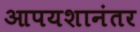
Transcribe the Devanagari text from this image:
आपयशानंतर